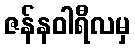
ဇန်နဝါရီလမှ